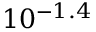
1 0 ^ { - 1 . 4 }